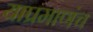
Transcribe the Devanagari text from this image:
याप्रमाणंच